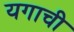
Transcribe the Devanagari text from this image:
यगाची